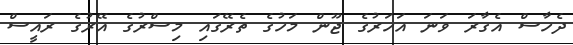
ދެހާސް އެގާރަ ވަނަ އަހަރުގެ ޖޫން މަހުގެ ތެރޭގައި މިސްރުގެ އޭރުގެ ރައީސް